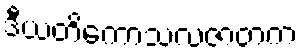
ဒီယတိကောသလဇာတက